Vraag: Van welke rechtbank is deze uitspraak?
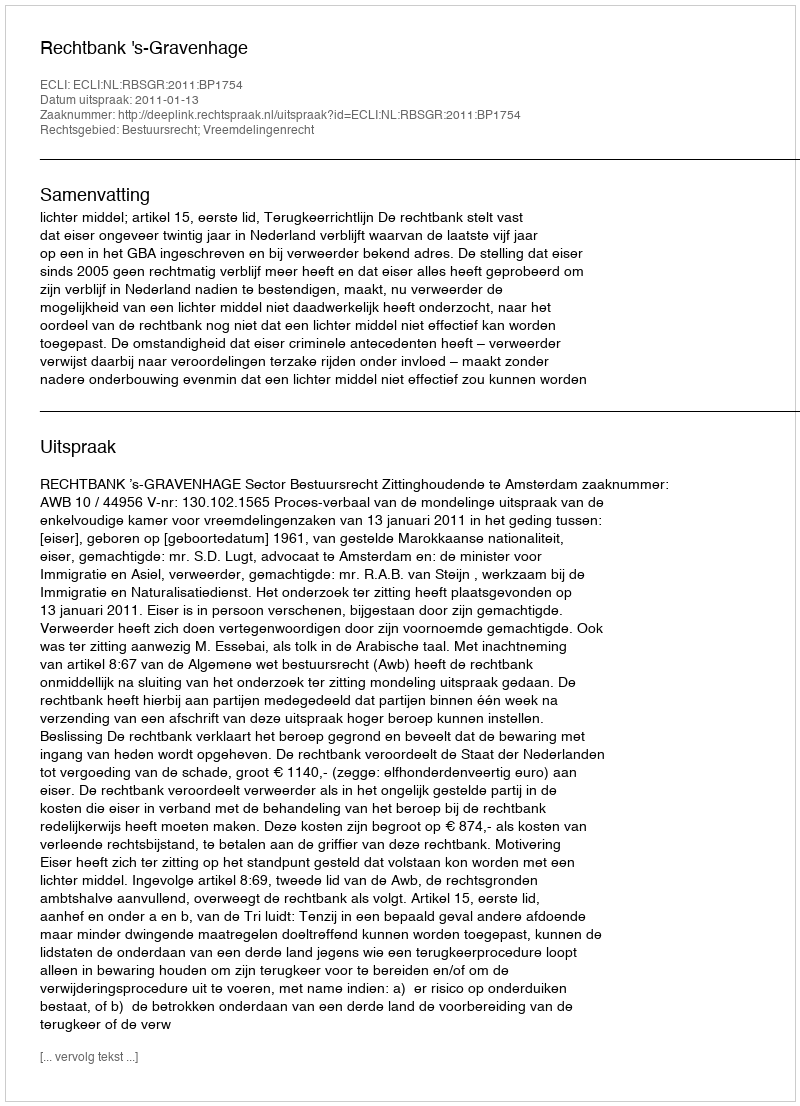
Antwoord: Rechtbank 's-Gravenhage